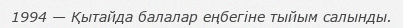
1994 — Қытайда балалар еңбегіне тыйым салынды.